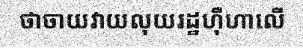
ថាចាយវាយលុយរដ្ឋហ៊ឺហាលើ